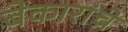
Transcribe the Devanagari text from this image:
बेकारांचे